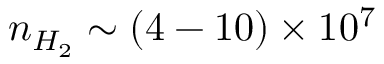
n _ { H _ { 2 } } \sim ( 4 - 1 0 ) \times 1 0 ^ { 7 }